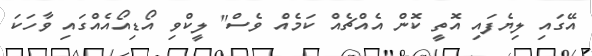
އޭގައި ލިޔެފައި އޮތީ ކޮން އެއްޗެއް ކަމެއް ވެސް" ލީކްވި އޯޑިއޯއެއްގައި ވާހަކަ